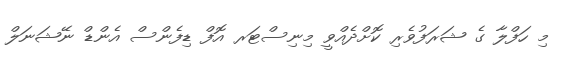
މި ހަފްލާ ގެ ޝަރަފުވެރި ކޮށްދެއްވީ މިނިސްޓަރ އޮފް ޑިފެންސް އެންޑް ނޭޝަނަލް